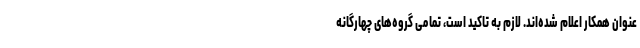
عنوان همکار اعلام شده‌اند. لازم به تاکید است، تمامی گروه‌های چهارگانه